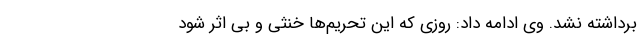
برداشته نشد. وی ادامه داد: روزی که این تحریم‌ها خنثی و بی اثر شود